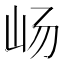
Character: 𫵵